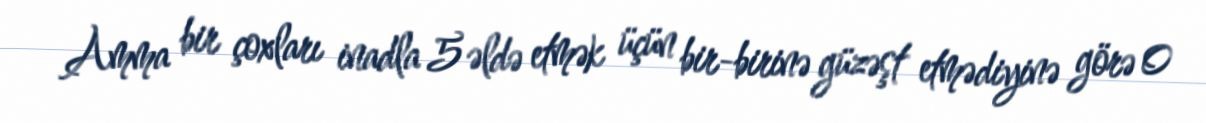
Amma bir çoxları inadla 5 əldə etmək üçün bir-birinə güzəşt etmədiyinə görə 0